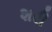
શરી